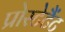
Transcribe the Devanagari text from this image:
प्रोस्टेटैंट